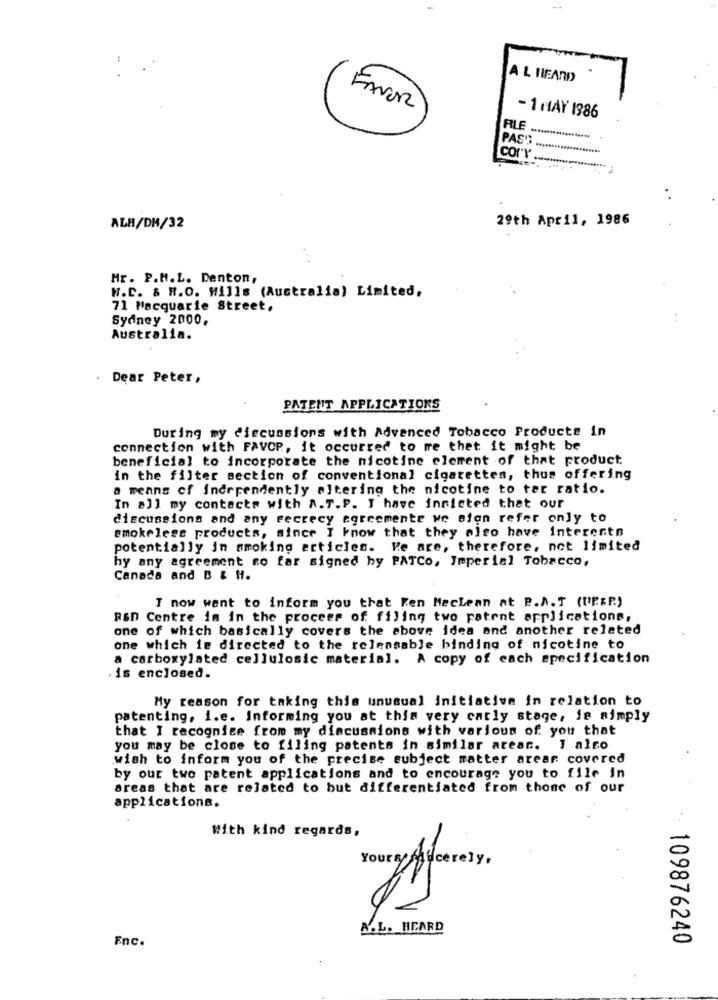
A L HEARD
FAVOR
- 1 HAY 1386
ALE
PAS'S
corr
29th April, 1986
ALH/DM/32
..
Mr. P.N.L. Denton,
W.C. & H.O. Wills (Australia) Limited,
71 Macquarie Street.
Sydney 2000,
Australia.
. Dear Peter,
PATENT APPLICATIONS
During my discussions with Advanced Tobacco Products in
connection with FAVOR, it occurred to me thet it might be
beneficial to incorporate the nicotine element of that product
in the filter section of conventional cigarettes, thus offering
a means of independently altering the nicotine to tar ratio.
In all my contacts with A.T.P. I have inricted that our
discussions and any secrecy agreemente we sion refer only to
smokeless products, since I know that they also have interentn
potentially in smoking articles. We are, therefore, not limited
by any agreement so far signed by PATCo, Imperial Tobacco,
Canada and B & H.
I now want to inform you that Ken Maclean at P.A. T (UP&P.)
RSD Centre in in the process of filing two patent applications,
one of which basically covers the above idea and another related
one which is directed to the relensable binding of nicotine to
a carboxylated cellulosic material. A copy of each specification
is enclosed.
My reason for taking this unusual initiative in relation to
patenting, i.e. Informing you at this very early stage, is simply
that I recognise from my discussions with various of you that
you may be close to filing patents in similar areac. I also
wish to inform you of the precise subject matter arear covered
by our two patent applications and to encourage you to file in
areas that are related to but differentiated from those of our
applications.
With kind regards,
A.L. HEARD
Enc.
109876240